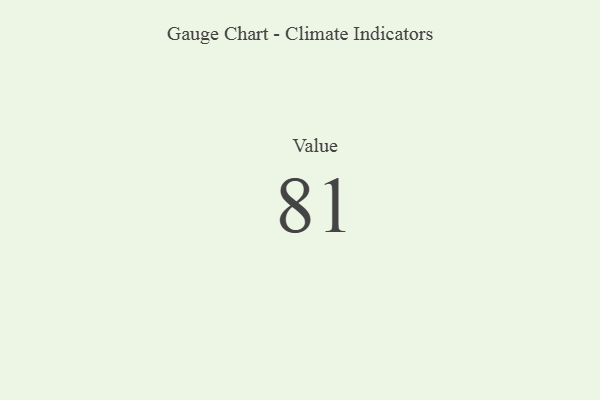
{"axis": {"x": "Metric", "y": "Value"}, "legend": [""], "data": [{"x": "Value", "y": 81, "type": ""}]}